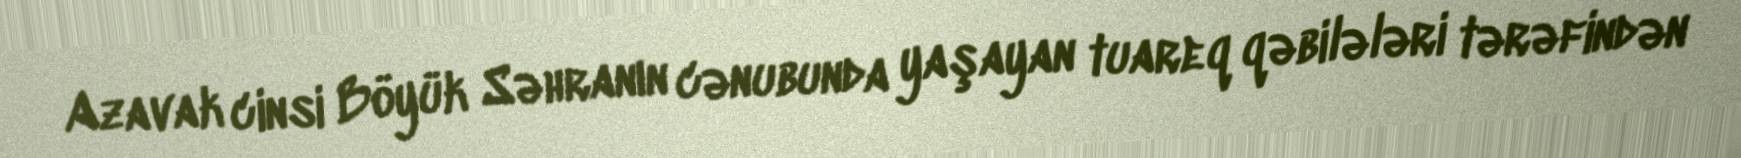
Azavak cinsi Böyük Səhranın cənubunda yaşayan tuareq qəbilələri tərəfindən